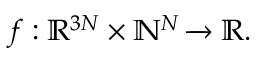
f : \mathbb { R } ^ { 3 N } \times \mathbb { N } ^ { N } \xrightarrow { } \mathbb { R } .